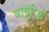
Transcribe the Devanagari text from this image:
बासुंरियों